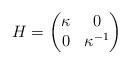
LaTeX: \begin{align*}H = \begin{pmatrix} \kappa & 0 \\ 0 & \kappa^{-1} \end{pmatrix}\end{align*}